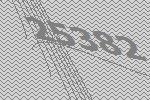
25382